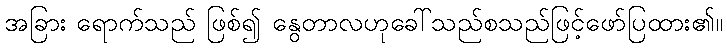
အခြား ရောက်သည် ဖြစ်၍ နွေတာလဟုခေါ်သည်စသည်ဖြင့်ဖော်ပြထား၏။